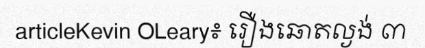
articleKevin OLeary៖ រឿងឆោតល្ងង់ ៣